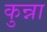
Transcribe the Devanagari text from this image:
कुन्ना